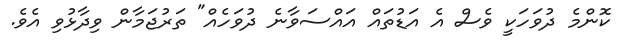
ކޮންމެ ދުވަހަކީ ވެސް އެ އަޑުތައް އައްސަވާނެ ދުވަހެއް" ތަރުޖަމާން ވިދާޅުވި އެވެ.